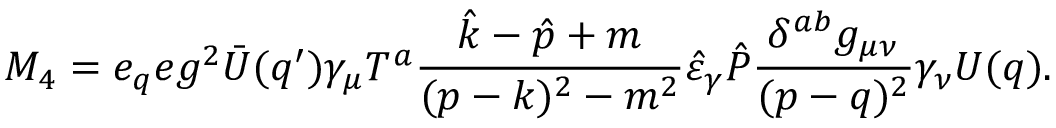
M _ { 4 } = e _ { q } e g ^ { 2 } \bar { U } ( q ^ { \prime } ) \gamma _ { \mu } T ^ { a } \frac { \hat { k } - \hat { p } + m } { ( p - k ) ^ { 2 } - m ^ { 2 } } \hat { \varepsilon } _ { \gamma } \hat { P } \frac { \delta ^ { a b } g _ { \mu \nu } } { ( p - q ) ^ { 2 } } \gamma _ { \nu } U ( q ) .